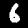
Digit: 6